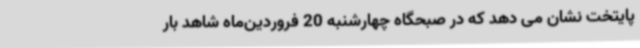
پایتخت نشان می دهد که در صبحگاه چهارشنبه 20 فروردین‌ماه شاهد بار